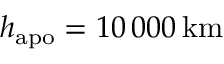
h _ { \mathrm { a p o } } = 1 0 \, 0 0 0 \, \mathrm { k m }